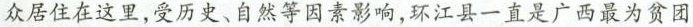
众居住在这里，受历史、自然等因素影响，环江县一直是广西最为贫团